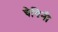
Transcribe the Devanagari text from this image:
चेयिनी